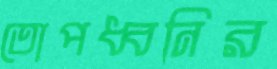
তোপধ্বনির